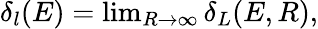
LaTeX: \begin{array}{r}{\delta_{l}(E)=\operatorname*{lim}_{R\to\infty}\delta_{L}(E,R),}\end{array}